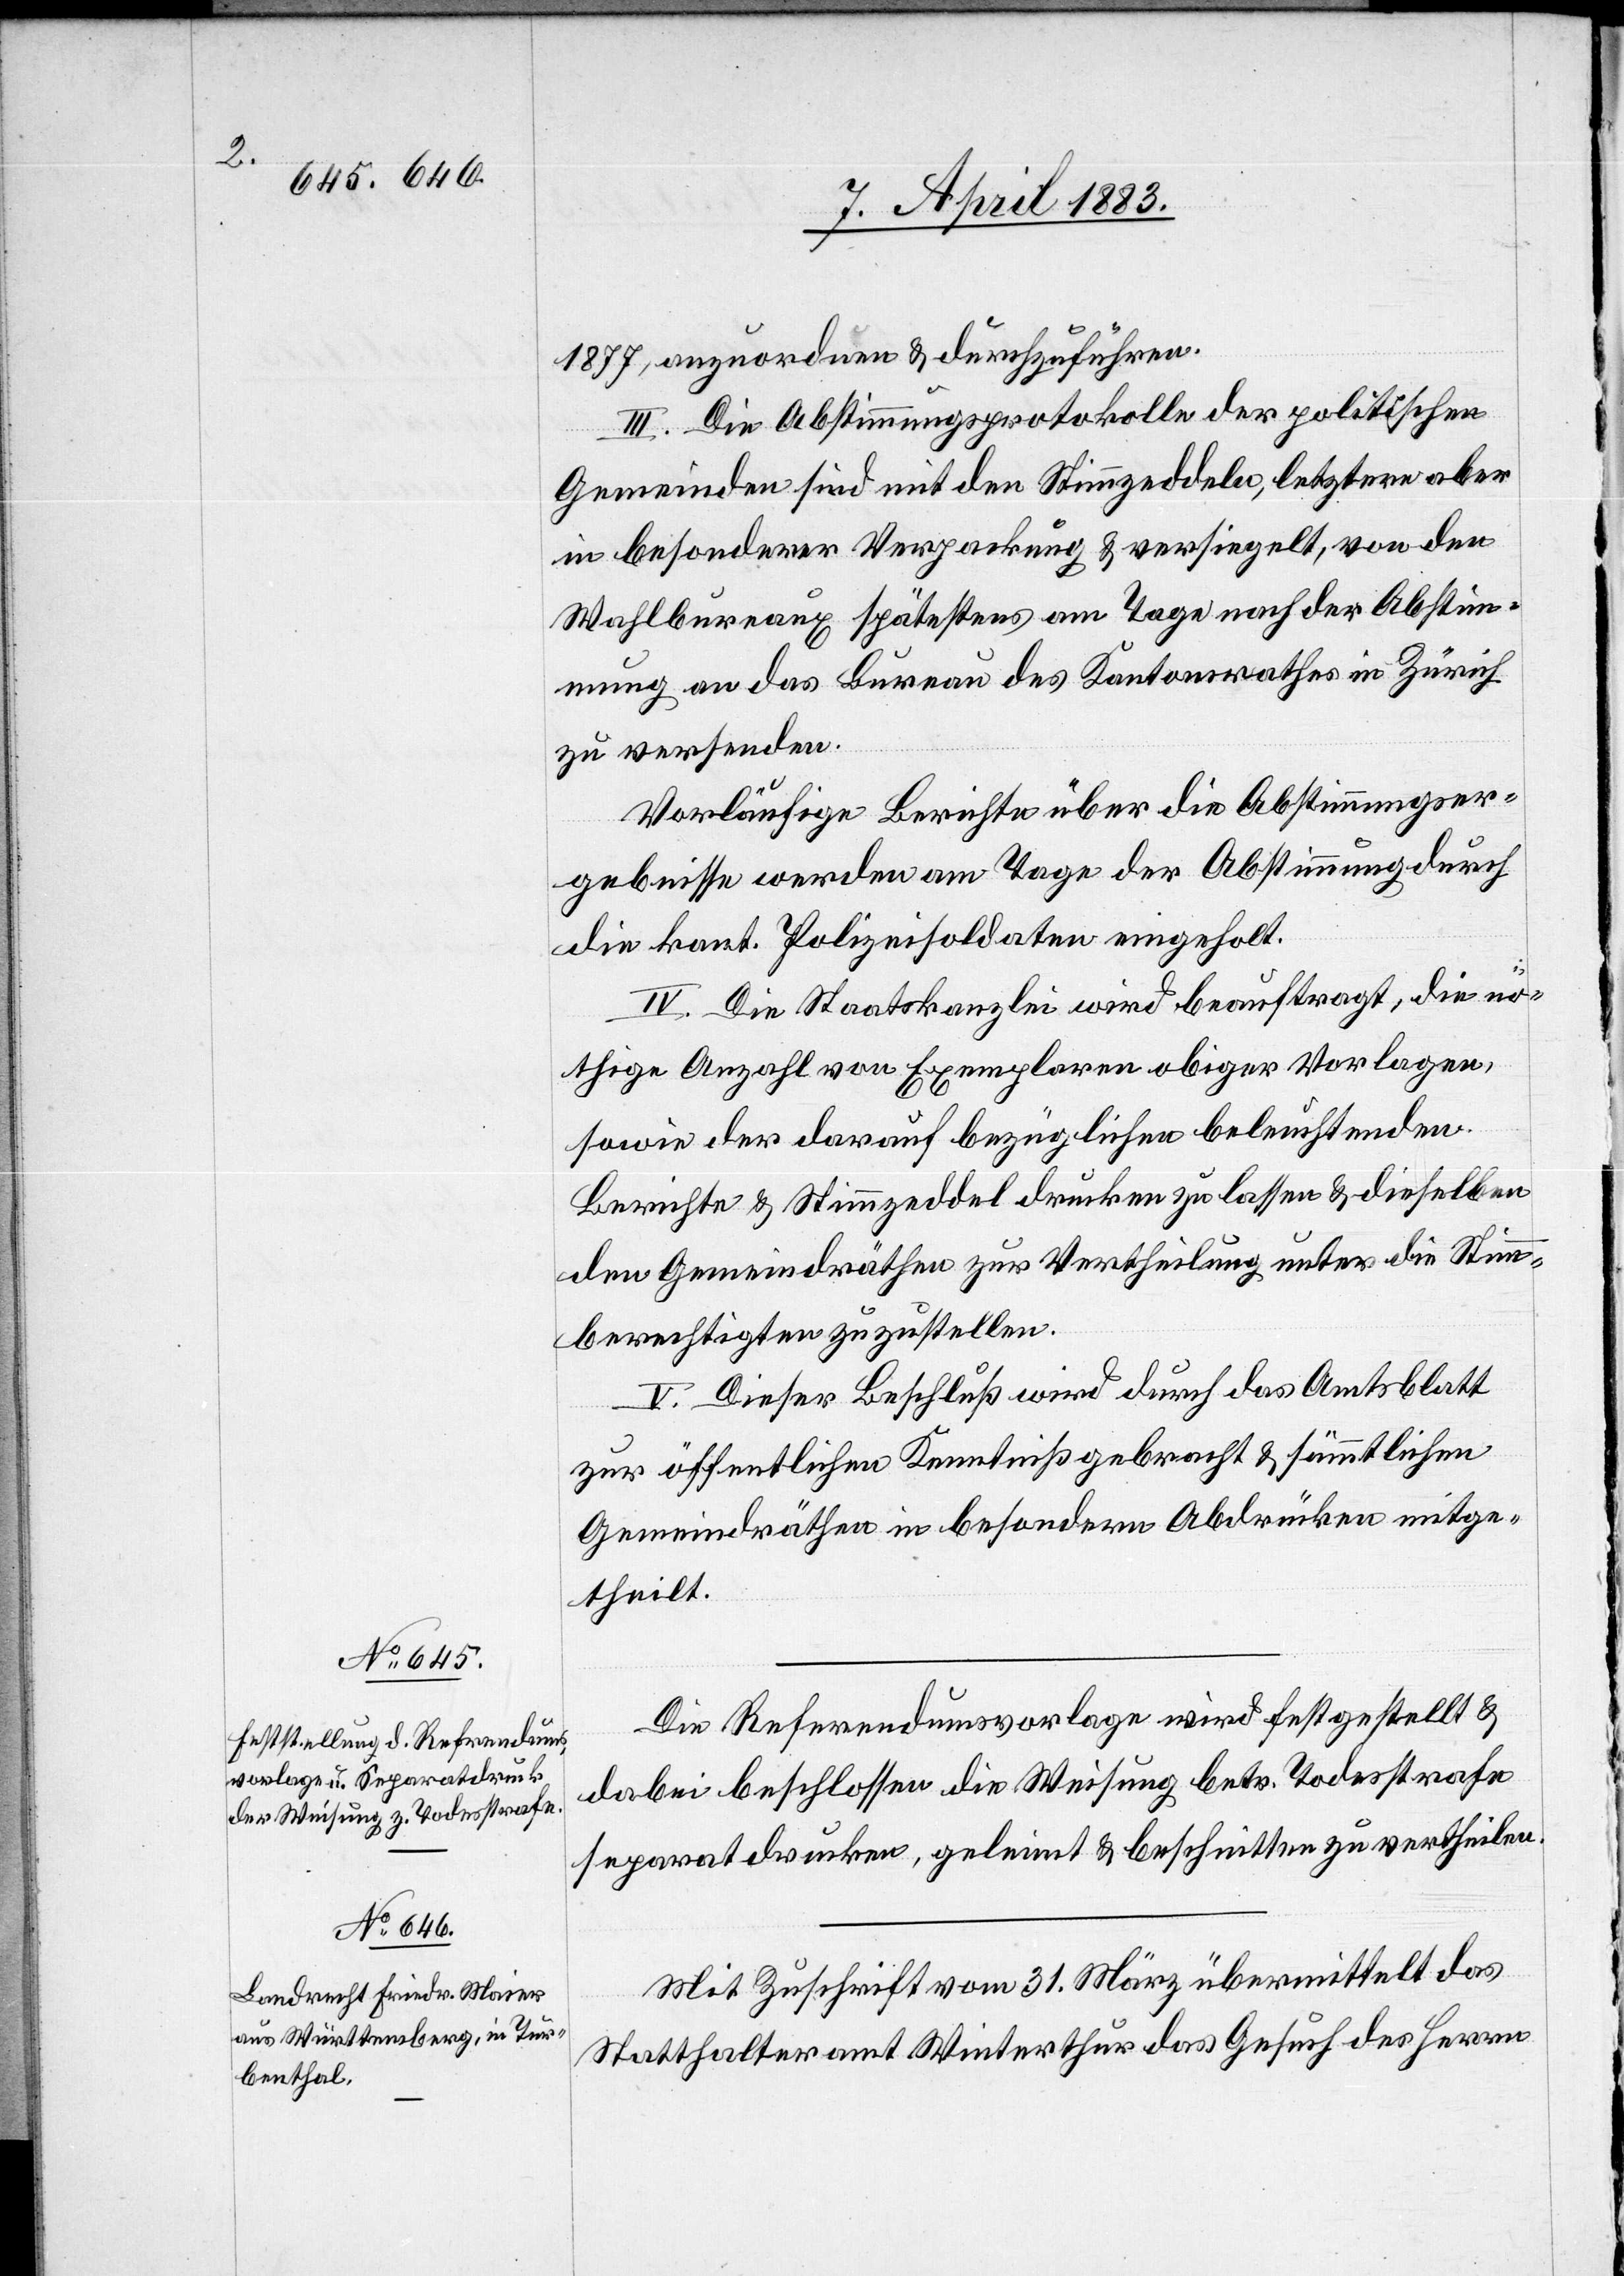
1877, anzuordnen & durchzuführen.
III. Die Abstimmungsprotokolle der politischen
Gemeinden sind mit den Stimmzeddeln, letztere aber
in besonderer Verpackung & versiegelt, von den
Wahlbureaux spätestens am Tage nach der Abstim¬
mung an das Bureau des Kantonsrathes in Zürich
zu versenden.
Vorläufige Berichte über die Abstimmungser¬
gebnisse werden am Tage der Abstimmung durch
die kant. Polizeisoldaten eingeholt.
IV. Die Staatskanzlei wird beauftragt, die nö¬
thige Anzahl von Exemplaren obiger Vorlagen,
sowie der darauf bezüglichen beleuchtenden
Berichte & Stimmzeddel drucken zu lassen & dieselben
den Gemeindräthen zur Vertheilung unter die Stimm¬
berechtigten zuzustellen.
V. Dieser Beschluß wird durch das Amtsblatt
zur öffentlichen Kenntniß gebracht & sämmtlichen
Gemeindräthen in besondern Abdrücken mitge¬
theilt.
Die Referendumsvorlage wird festgestellt &
dabei beschlossen die Weisung betr. Todesstrafe
separat [zu] drucken, geleimt & beschnitten zu vertheilen.
Mit Zuschrift vom 31. März übermittelt das
Statthalteramt Winterthur das Gesuch des Herrn